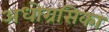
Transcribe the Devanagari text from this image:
अधोग्रसिका